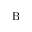
\mathrm { B }